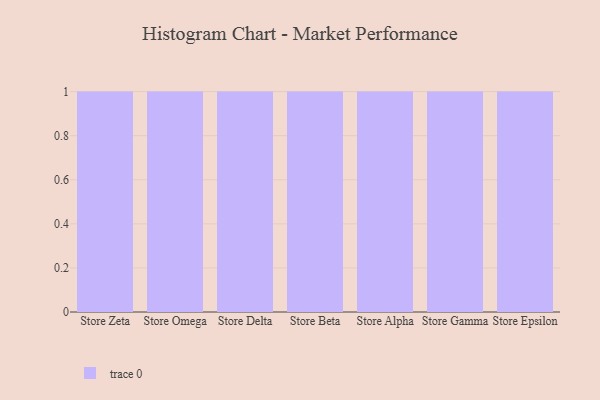
{"axis": {"x": "Store", "y": "Gross Profit (USD K)"}, "legend": [""], "data": [{"x": "Store Zeta", "y": 72, "type": ""}, {"x": "Store Omega", "y": 61, "type": ""}, {"x": "Store Delta", "y": 26, "type": ""}, {"x": "Store Beta", "y": 20, "type": ""}, {"x": "Store Alpha", "y": 96, "type": ""}, {"x": "Store Gamma", "y": 27, "type": ""}, {"x": "Store Epsilon", "y": 43, "type": ""}]}